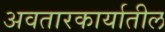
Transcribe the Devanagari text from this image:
अवतारकार्यातील